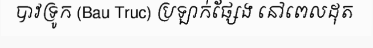
បាវទ្រូក (Bau Truc) ប្រឡាក់ផ្សែង នៅពេលដុត